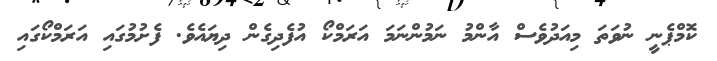
ކޮމްޕެނީ ނުވަތަ މިއަދުވެސް އާންމު ނަމުންނަމަ އަރަމްކޯ އުފެދިގެން ދިޔައެވެ. ފެށުމުގައި އަރަމްކޯގައި